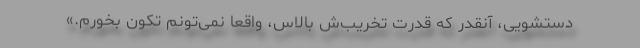
دستشویی، آنقدر که قدرت تخریب‌ش بالاس، واقعا نمی‌تونم تکون بخورم.»